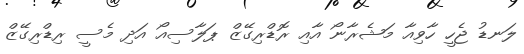
ލަނޑު ޖެހީ ހާވިއާ މަޝެރާނޯ އާއި ރޮޑްރިގޭޒް ޕަލާސިއޯ އަދި މެސީ ރިޑްރިގޭޒް